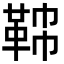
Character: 𩊟